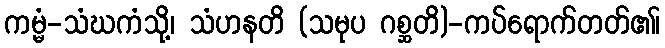
ကမ္မံ-သံဃကံသို့၊ သံဟနတိ (သမုပ ဂစ္ဆတိ)-ကပ်ရောက်တတ်၏၊